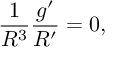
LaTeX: \frac { 1 } { R ^ { 3 } } \frac { g ^ { \prime } } { R ^ { \prime } } = 0 ,